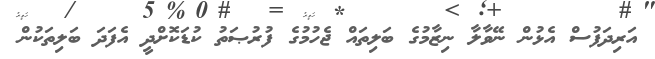
އަރިދަފުސް އެޅުން ނޭވާލާ ނިޒާމުގެ ބަލިތައް ޖެހުމުގެ ފުރުޞަތު ކުޑަކޮށްދީ އެފަދަ ބަލިތަކުން